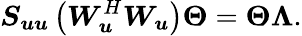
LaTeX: \boldsymbol{S_{uu}}\left(\boldsymbol{W}_{\boldsymbol{u}}^{H}\boldsymbol{W_{u}}\right)\boldsymbol{\Theta}=\boldsymbol{\Theta}\boldsymbol{\Lambda}.